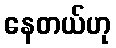
နေတယ်ဟု